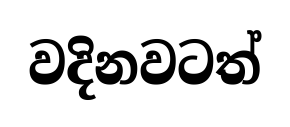
වදිනවටත්